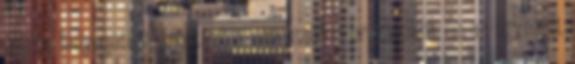
újfajta fenyegetést jelenthet a szomszédos országokra és az Egyesült